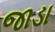
જાડા